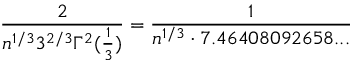
{ \frac { 2 } { n ^ { 1 / 3 } 3 ^ { 2 / 3 } \Gamma ^ { 2 } ( { \frac { 1 } { 3 } } ) } } = { \frac { 1 } { n ^ { 1 / 3 } \cdot 7 . 4 6 4 0 8 0 9 2 6 5 8 . . . } }